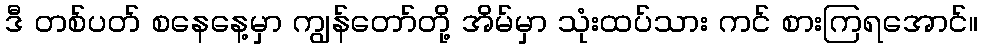
ဒီ တစ်ပတ် စနေနေ့မှာ ကျွန်တော်တို့ အိမ်မှာ သုံးထပ်သား ကင် စားကြရအောင်။